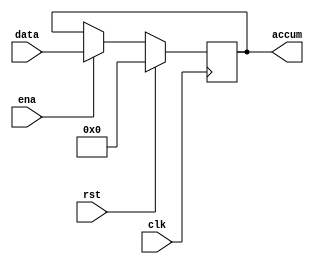
`timescale 1ns / 1ps

module accum(accum,data,ena,clk,rst);
output [7:0] accum;
input [7:0] data;
input ena,clk,rst;
reg [7:0] accum;

always @(posedge clk)
	begin
		if(rst)
			accum<=8'b0000_0000;
		else
			if(ena)
				accum<=data;
		end
endmodule